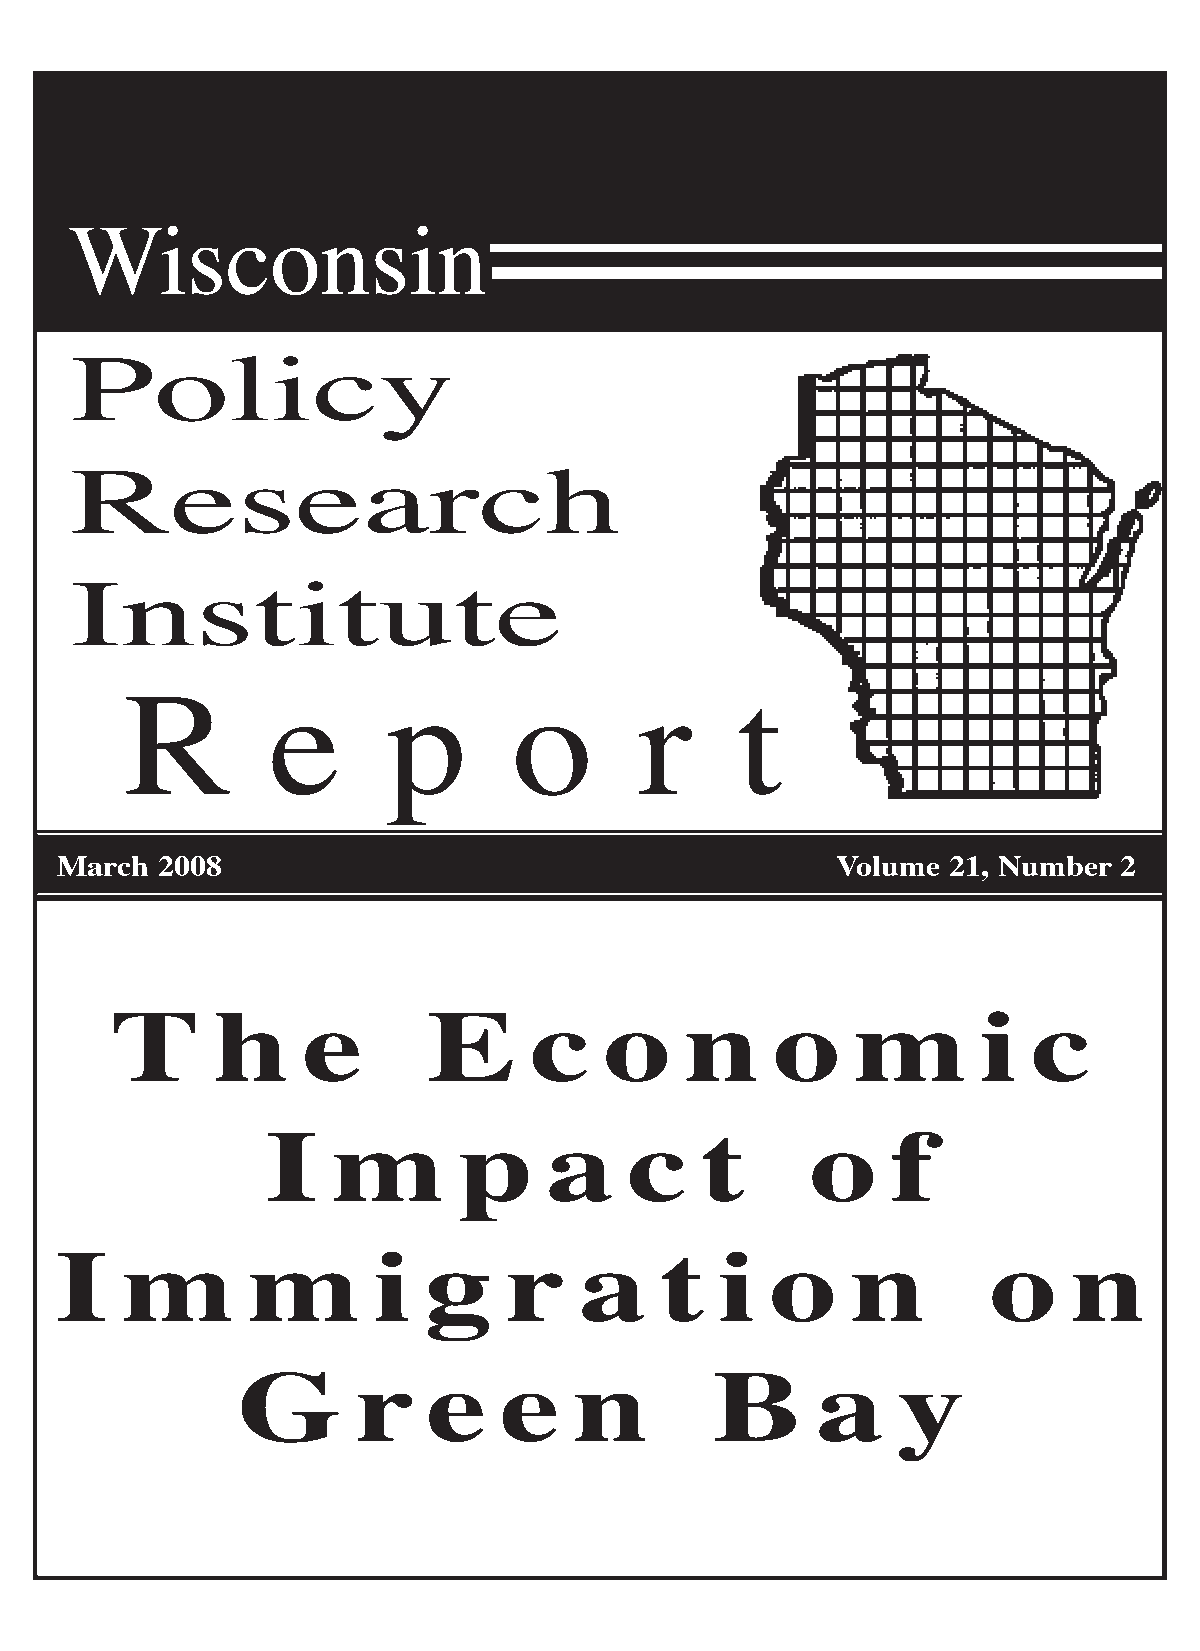
Wisconsin
 Policy
 Research
 Institute
 R         e       p       o       r      t
 March 2008                                         Volume  21, Number 2
 T      h     e       E      c    o    n     o     m       i  c
 I   m       p     a     c   t       o    f
 I   m       m        i  g    r    a     t   i  o    n         o    n
 G       r   e    e    n        B      a    y